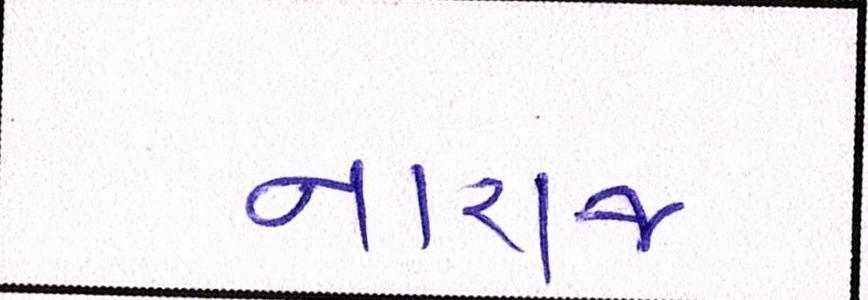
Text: નારાજ